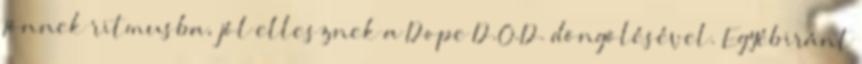
jönnek ritmusba, jól ellesznek a Dope D.O.D. döngölésével. Egyébiránt